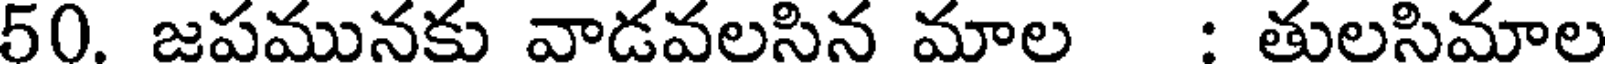
50. జపమునకు వాడవలసిన మాల : తులసిమాల